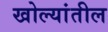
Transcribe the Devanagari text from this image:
खोल्यांतील